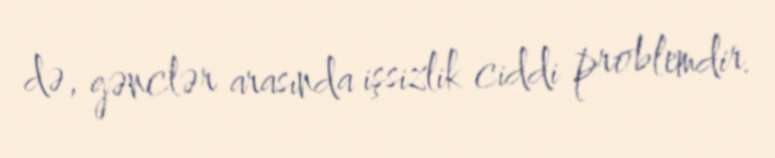
də, gənclər arasında işsizlik ciddi problemdir.